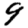
Digit: 9